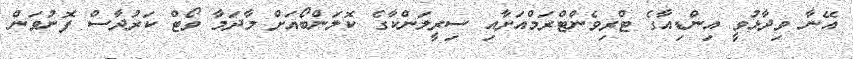
އޭނާ ވިދާޅުވީ އިންޑިއާގެ ޓްރިވެންޓްރަމްއަށާއި ސިރީލަންކާގެ ކޮލަންބޯއަށް މާދަމާ ވޯޓް ކަރުދާސް ފޮނުވަން